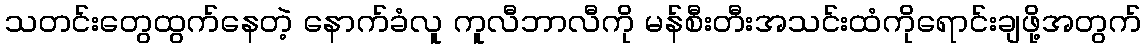
သတင်းတွေထွက်နေတဲ့ နောက်ခံလူ ကူလီဘာလီကို မန်စီးတီးအသင်းထံကိုရောင်းချဖို့အတွက်